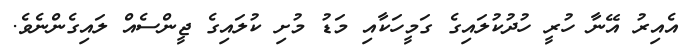
އެއިރު އޭނާ ހުރީ ހުދުކުލައިގެ ގަމީހަކާއި މަޑު މުށި ކުލައިގެ ޖީންސެއް ލައިގެންނެވެ.